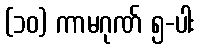
(၁၀) ကာမဂုဏ် ၅-ပါး